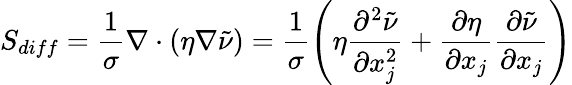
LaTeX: S_{diff}=\frac{1}{\sigma}\nabla\cdot(\eta\nabla\tilde{\nu})=\frac{1}{\sigma}\left(\eta\frac{\partial^{2}\tilde{\nu}}{\partial x_{j}^{2}}+\frac{\partial\eta}{\partial x_{j}}\frac{\partial\tilde{\nu}}{\partial x_{j}}\right)